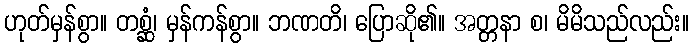
ဟုတ်မှန်စွာ။ တစ္ဆံ၊ မှန်ကန်စွာ။ ဘဏတိ၊ ပြောဆို၏။ အတ္တနာ စ၊ မိမိသည်လည်း။